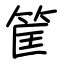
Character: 筐